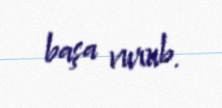
başa vurub.